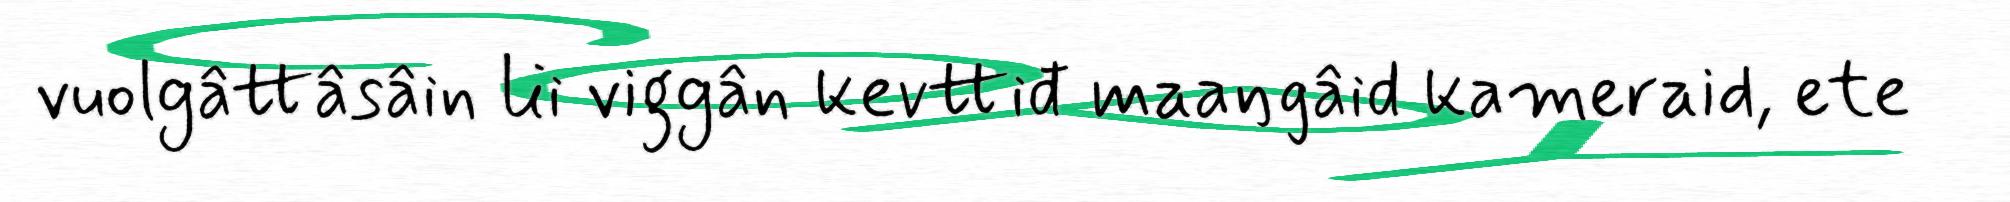
vuolgâttâsâin lii viggân kevttiđ maaŋgâid kameraid, ete